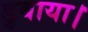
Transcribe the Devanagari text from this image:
डुबाया।